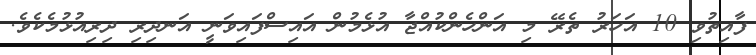
ފާއިތުވި 10 އަހަރު ތެރޭ މި އަންހެންކުއްޖާ އުޅެމުން އައިސްފައިވަނީ އަނދިރި ދިރިއުޅުމެކެވެ.